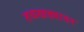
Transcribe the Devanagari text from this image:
तळखड्यावर